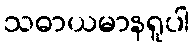
သဓာယမာနရူပါ